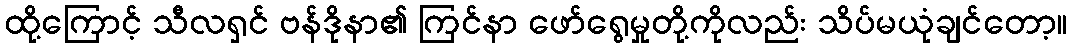
ထို့ကြောင့် သီလရှင် ဗန်ဒိုနာ၏ ကြင်နာ ဖော်ရွေမှုတို့ကိုလည်း သိပ်မယုံချင်တော့။